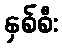
နှစ်စီး